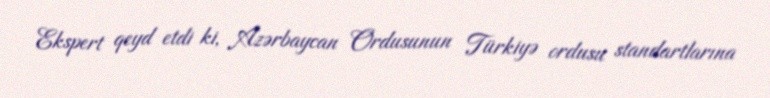
Ekspert qeyd etdi ki, Azərbaycan Ordusunun Türkiyə ordusu standartlarına